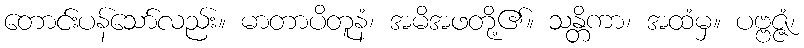
တောင်းပန်သော်လည်း။ မာတာပိတူနံ၊ အမိအဖတို့၏။ သန္တိကာ၊ အထံမှ။ ပဗ္ဗဇ္ဇံ၊